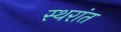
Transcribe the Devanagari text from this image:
स्थरांत